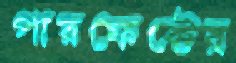
পারফেক্টের